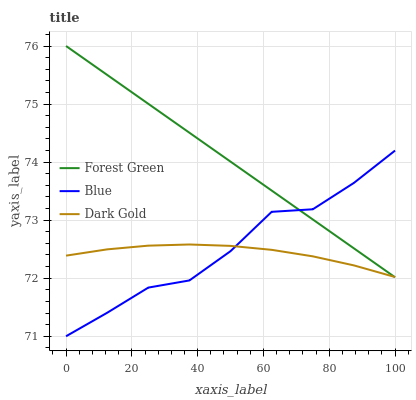
| xaxis_label | Forest Green | Blue | Dark Gold |
 | --- | --- | --- | --- |
 | 0 | 76 | 71 | 72.4 |
 | 12.5 | 75.5 | 71.4 | 72.5 |
 | 25 | 75 | 71.8 | 72.6 |
 | 37.5 | 74.5 | 72 | 72.6 |
 | 50 | 74 | 72.5 | 72.6 |
 | 62.5 | 73.5 | 73.1 | 72.5 |
 | 75 | 73 | 73.2 | 72.4 |
 | 87.5 | 72.5 | 73.6 | 72.2 |
 | 100 | 72 | 74.2 | 72 |